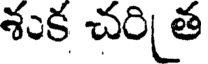
శుక చరి త